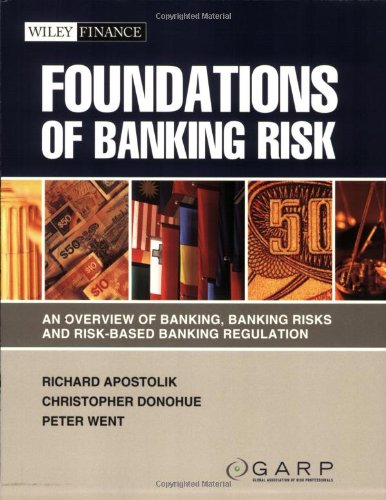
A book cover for Foundations of Banking Risk: An Overview of Banking, Banking Risks, and Risk-Based Banking Regulation; GARP (Global Association of Risk Professionals); Law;